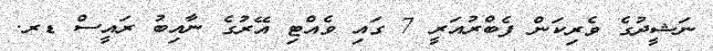
ނަޝީދުގެ ވެރިކަން ފެބްރުއަރީ 7 ގައި ވެއްޓި އޭރުގެ ނާއިބު ރައީސް ޑރ.